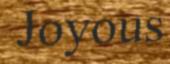
Joyous